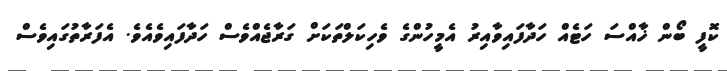
ކޮފީ ބޯން ޚާއްސަ ހަޓެއް ހަދާފައިވާއިރު އެމީހުންގެ ވެހިކަލްތަކަށް ގަރާޖެއްވެސް ހަދާފައިވެއެވެ. އެފަރާތުގައިވެސް